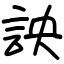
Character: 詇